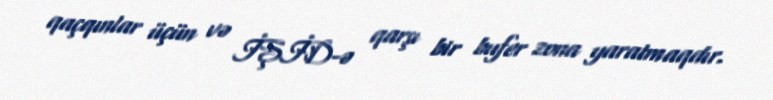
qaçqınlar üçün və İŞİD-ə qarşı bir bufer zona yaratmaqdır.